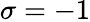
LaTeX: \sigma=-1